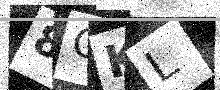
Text: 8CKL